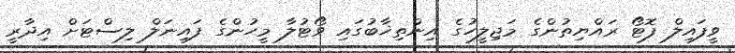
ވީފައިލް ފޮޓޯ ރައްޔިތުންގެ މަޖިލީހުގެ އިންތިޚާބުގައި ވޯޓުލާ މީހުންގެ ފައިނަލް ލިސްޓަށް އިދާރީ